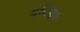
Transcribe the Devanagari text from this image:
यविष्ठय